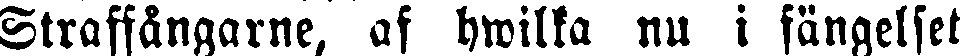
Straffångarne, af hwilka nu i fängelset